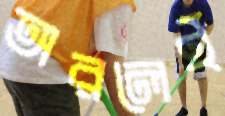
অরলেই